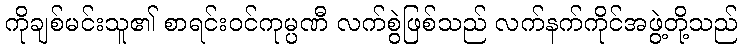
ကိုချစ်မင်းသူ၏ စာရင်းဝင်ကုမ္ပဏီ လက်စွဲဖြစ်သည် လက်နက်ကိုင်အဖွဲ့တို့သည်